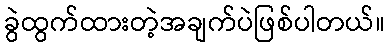
ခွဲထွက်ထားတဲ့အချက်ပဲဖြစ်ပါတယ်။